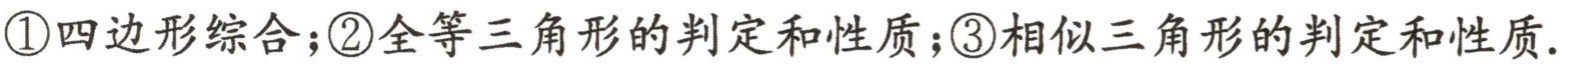
\textcircled{1}四边形综合；\textcircled{2}全等三角形的判定和性质；\textcircled{3}相似三角形的判定和性质.